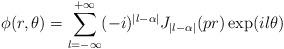
LaTeX: \begin{align*}\phi (r,\theta )=\sum_{l=-\infty }^{+\infty }(-i)^{|l-\alpha |}J_{|l-\alpha|}(pr)\exp (il\theta ) \end{align*}